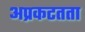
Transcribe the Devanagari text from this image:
अप्रकटतता